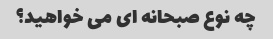
چه نوع صبحانه ای می خواهید؟